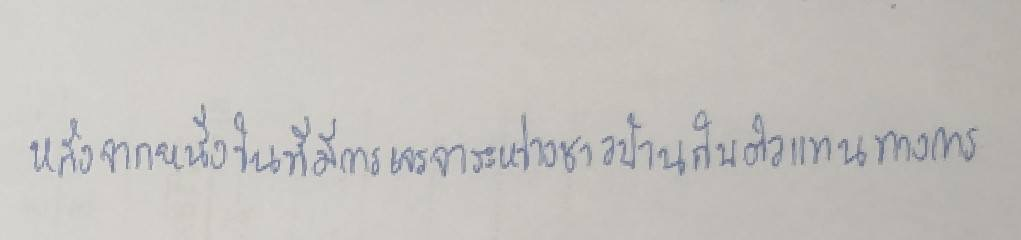
หลังจากหนึ่งวันที่มีการเจรจาระหว่างชาวบ้านกับตัวแทนทางการ